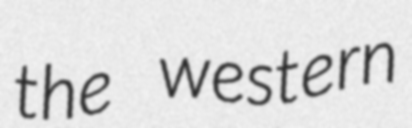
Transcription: the western